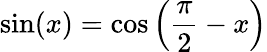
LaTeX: \sin(x)=\cos\left({\frac{\pi}{2}}-x\right)